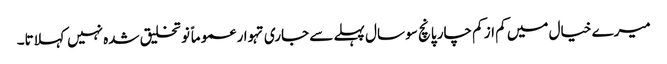
میرے خیال میں کم از کم چار پانچ سو سال پہلے سے جاری تہوار عموماً نو تخلیق شدہ نہیں کہلاتا۔